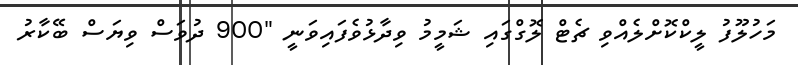
މަހުލޫފު ލީކްކޮށްލެއްވި ޗެޓް ލޮގްގައި ޝަމީމު ވިދާޅުވެފައިވަނީ "900 ދުވަސް ވިޔަސް ބޭކާރު